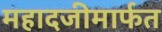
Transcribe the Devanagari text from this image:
महादजीमार्फत